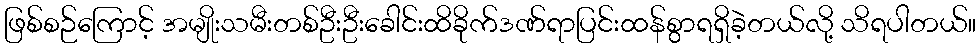
ဖြစ်စဉ်ကြောင့် အမျိုးသမီးတစ်ဦးဦးခေါင်းထိခိုက်ဒဏ်ရာပြင်းထန်စွာရရှိခဲ့တယ်လို့ သိရပါတယ်။